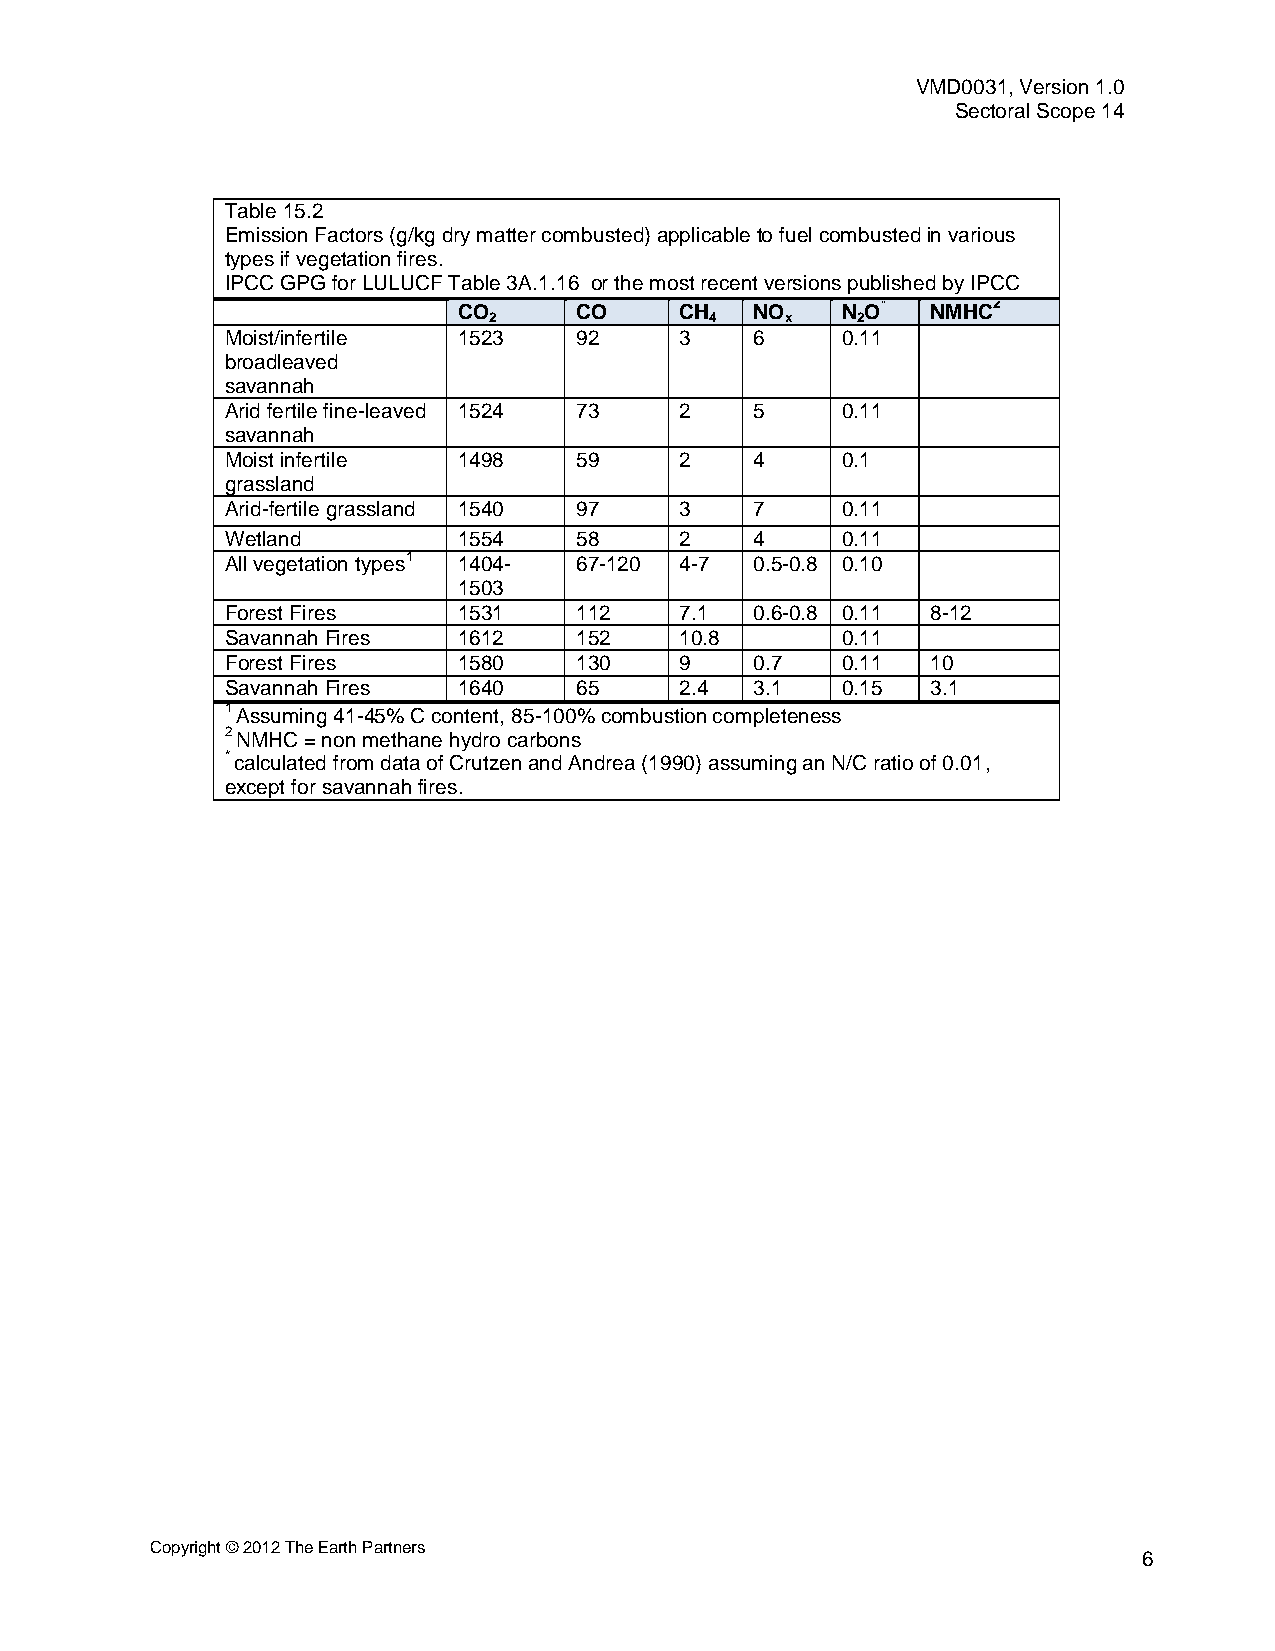
VMD0031, Version 1.0
 Sectoral Scope 14
 Table 15.2
 Emission Factors (g/kg dry matter combusted) applicable to fuel combusted in various
 types if vegetation fires.
 IPCC GPG for LULUCF Table 3A.1.16 or the most recent versions published by IPCC
 CO      CO     CH   NO    N O*  NMHC2
 2              4    x    2
 Moist/infertile 1523   92     3    6     0.11
 broadleaved
 savannah
 Arid fertile fine-leaved 1524 73 2 5     0.11
 savannah
 Moist infertile 1498   59     2    4     0.1
 grassland
 Arid-fertile grassland 1540 97 3   7     0.11
 Wetland        1554    58     2    4     0.11
 All vegetation types1 1404- 67-120 4-7 0.5-0.8 0.10
 1503
 Forest Fires   1531    112    7.1  0.6-0.8 0.11 8-12
 Savannah Fires 1612    152    10.8       0.11
 Forest Fires   1580    130    9    0.7   0.11  10
 Savannah Fires 1640    65     2.4  3.1   0.15  3.1
 1 Assuming 41-45% C content, 85-100% combustion completeness
 2 NMHC = non methane hydro carbons
 * calculated from data of Crutzen and Andrea (1990) assuming an N/C ratio of 0.01,
 except for savannah fires.
 Copyright © 2012 The Earth Partners
 6